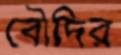
বৌদির